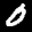
Label: 0